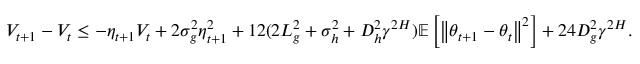
\begin{array} { r } { V _ { t + 1 } - V _ { t } \leq - \eta _ { t + 1 } V _ { t } + 2 \sigma _ { g } ^ { 2 } \eta _ { t + 1 } ^ { 2 } + 1 2 ( 2 L _ { g } ^ { 2 } + \sigma _ { h } ^ { 2 } + D _ { h } ^ { 2 } \gamma ^ { 2 H } ) { \mathbb E } \left[ \left\| \theta _ { t + 1 } - \theta _ { t } \right\| ^ { 2 } \right] + 2 4 D _ { g } ^ { 2 } \gamma ^ { 2 { H } } . } \end{array}